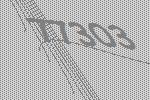
77303